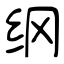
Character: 纲